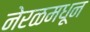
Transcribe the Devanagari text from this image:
नेरळमधून